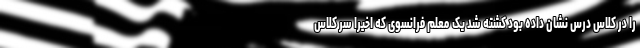
را در کلاس درس نشان داده بود کشته شد یک معلم فرانسوی که اخیرا سر کلاس